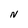
Character: N